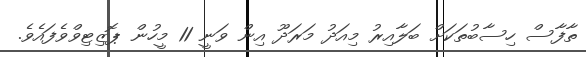
ތާފާސް ހިސާބުތަކަށް ބަލާއިރު މިއަދު މަރަދޫ އިން ވަނީ 11 މީހުން ޕޮޒިޓިވްވެފައެވެ.